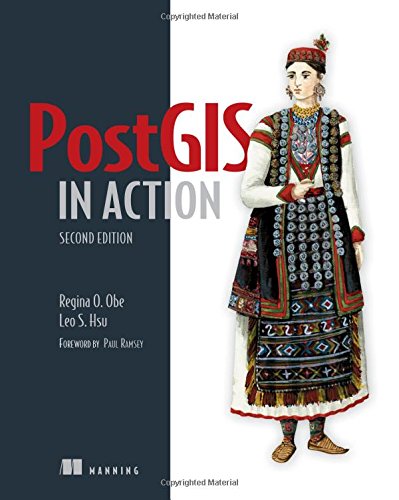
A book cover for PostGIS in Action, 2nd Edition; Regina O. Obe; Computers & Technology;